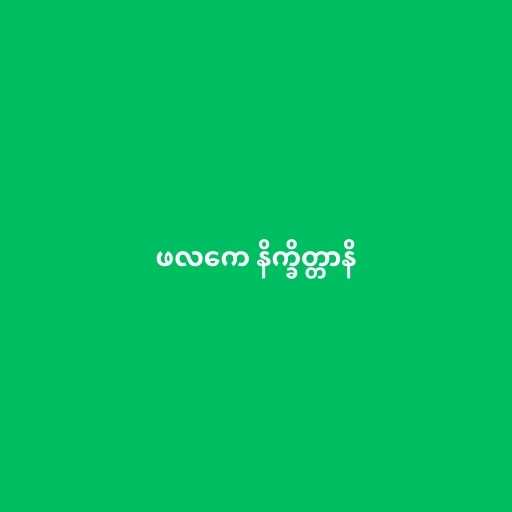
ဖလကေ နိက္ခိတ္တာနိ